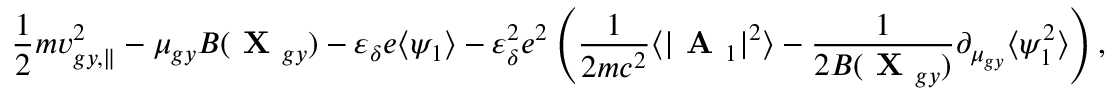
\frac { 1 } { 2 } m v _ { g y , \parallel } ^ { 2 } - \mu _ { g y } B ( \textbf { X } _ { g y } ) - \varepsilon _ { \delta } e \langle \psi _ { 1 } \rangle - \varepsilon _ { \delta } ^ { 2 } e ^ { 2 } \left( \frac { 1 } { 2 m c ^ { 2 } } \langle | \textbf { A } _ { 1 } | ^ { 2 } \rangle - \frac { 1 } { 2 B ( \textbf { X } _ { g y } ) } \partial _ { \mu _ { g y } } \langle \psi _ { 1 } ^ { 2 } \rangle \right) ,